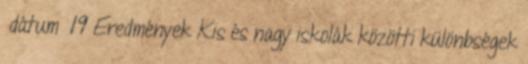
dátum 19 Eredmények Kis és nagy iskolák közötti különbségek